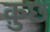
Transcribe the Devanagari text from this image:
क़ुछ